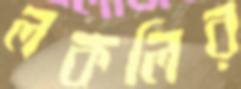
লকলির